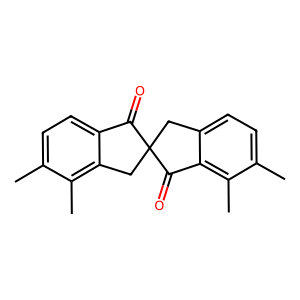
SMILES: Cc1ccc2c(c1C)CC1(Cc3ccc(C)c(C)c3C1=O)C2=O
Inhibits HIV replication: No